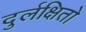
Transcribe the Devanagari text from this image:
दुर्लक्षितो